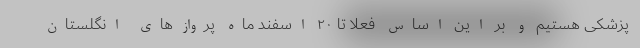
پزشکی هستیم و بر این اساس فعلا تا ۲۰ اسفند ماه پرواز‌های انگلستان